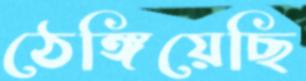
ঠেঙ্গিয়েছি